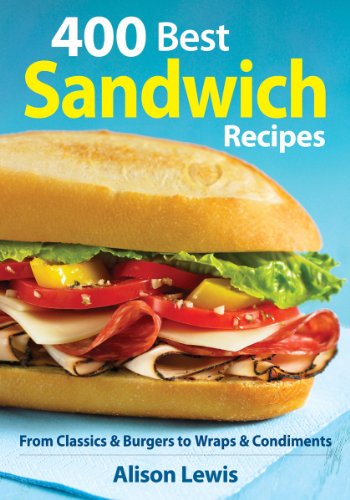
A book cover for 400 Best Sandwich Recipes: From Classics and Burgers to Wraps and Condiments; Alison Lewis; Cookbooks, Food & Wine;